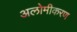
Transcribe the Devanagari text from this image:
अलोमीकरण